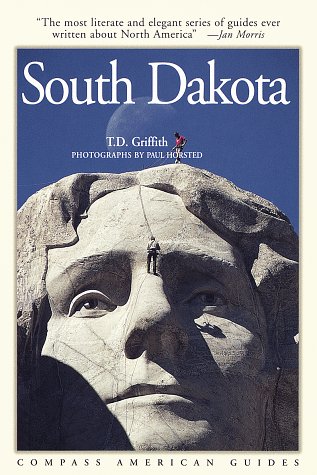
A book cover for Compass American Guides : South Dakota; T.D. Griffith; Travel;